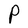
Character: P